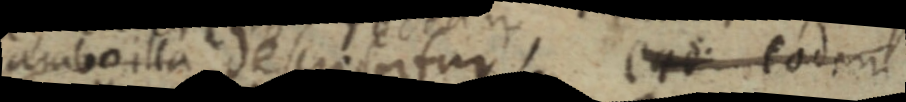
remboilla desrinitur ead eodem